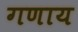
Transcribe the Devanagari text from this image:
गणाय